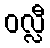
ဝလ္လီ